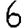
Digit: 6